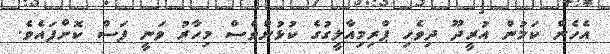
އެހެން ކަމުން އުރީދޫ ދިވެހި ޕްރިމިއާލީގުގެ ކުޅުންވެސް މިހާރު ވަނީ ފަސް ކޮށްފައެވެ.